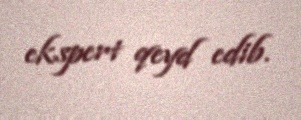
ekspert qeyd edib.